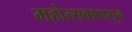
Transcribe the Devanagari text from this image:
महोत्सवापासून